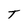
Character: T